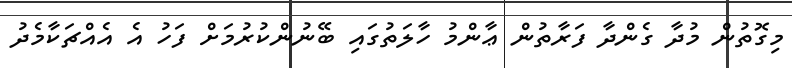
މިގޮތުން މުދާ ގެންދާ ފަރާތުން ޢާންމު ހާލަތުގައި ބޭނުންކުރުމަށް ފަހު އެ އެއްޗަކާމެދު